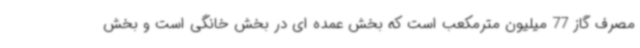
مصرف گاز 77 میلیون مترمکعب است که بخش عمده ای در بخش خانگی است و بخش